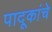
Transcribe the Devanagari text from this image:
पादूकांचे